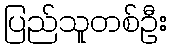
ပြည်သူတစ်ဦး